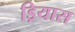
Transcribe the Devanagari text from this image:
ड्रियास